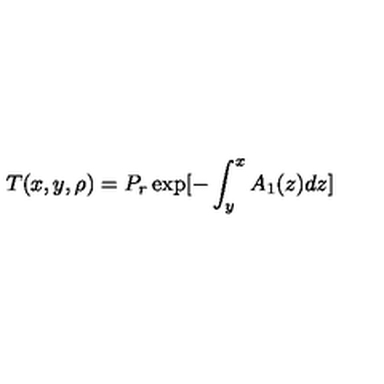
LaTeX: T ( x , y , \rho ) = P _ { r } \exp [ - \int _ { y } ^ { x } A _ { 1 } ( z ) d z ]